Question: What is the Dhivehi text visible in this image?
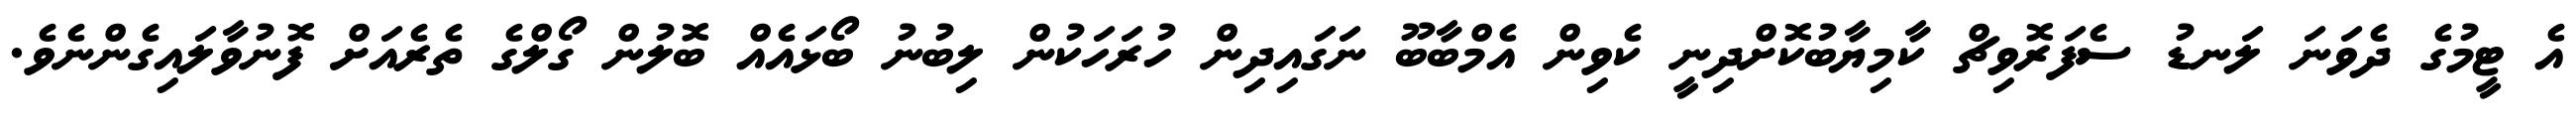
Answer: އެ ޓީމުގެ ދެވަނަ ލަނޑު ސެފަރޮވިޗް ކާމިޔާބުކޮށްދިނީ ކެވިން އެމްބާބޫ ނަގައިދިން ހުރަހަކުން ލިބުނު ބޯޅައެއް ބޮލުން ގޯލްގެ ތެރެއަށް ފޮނުވާލައިގެންނެވެ.